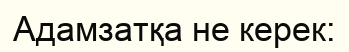
Адамзатқа не керек: